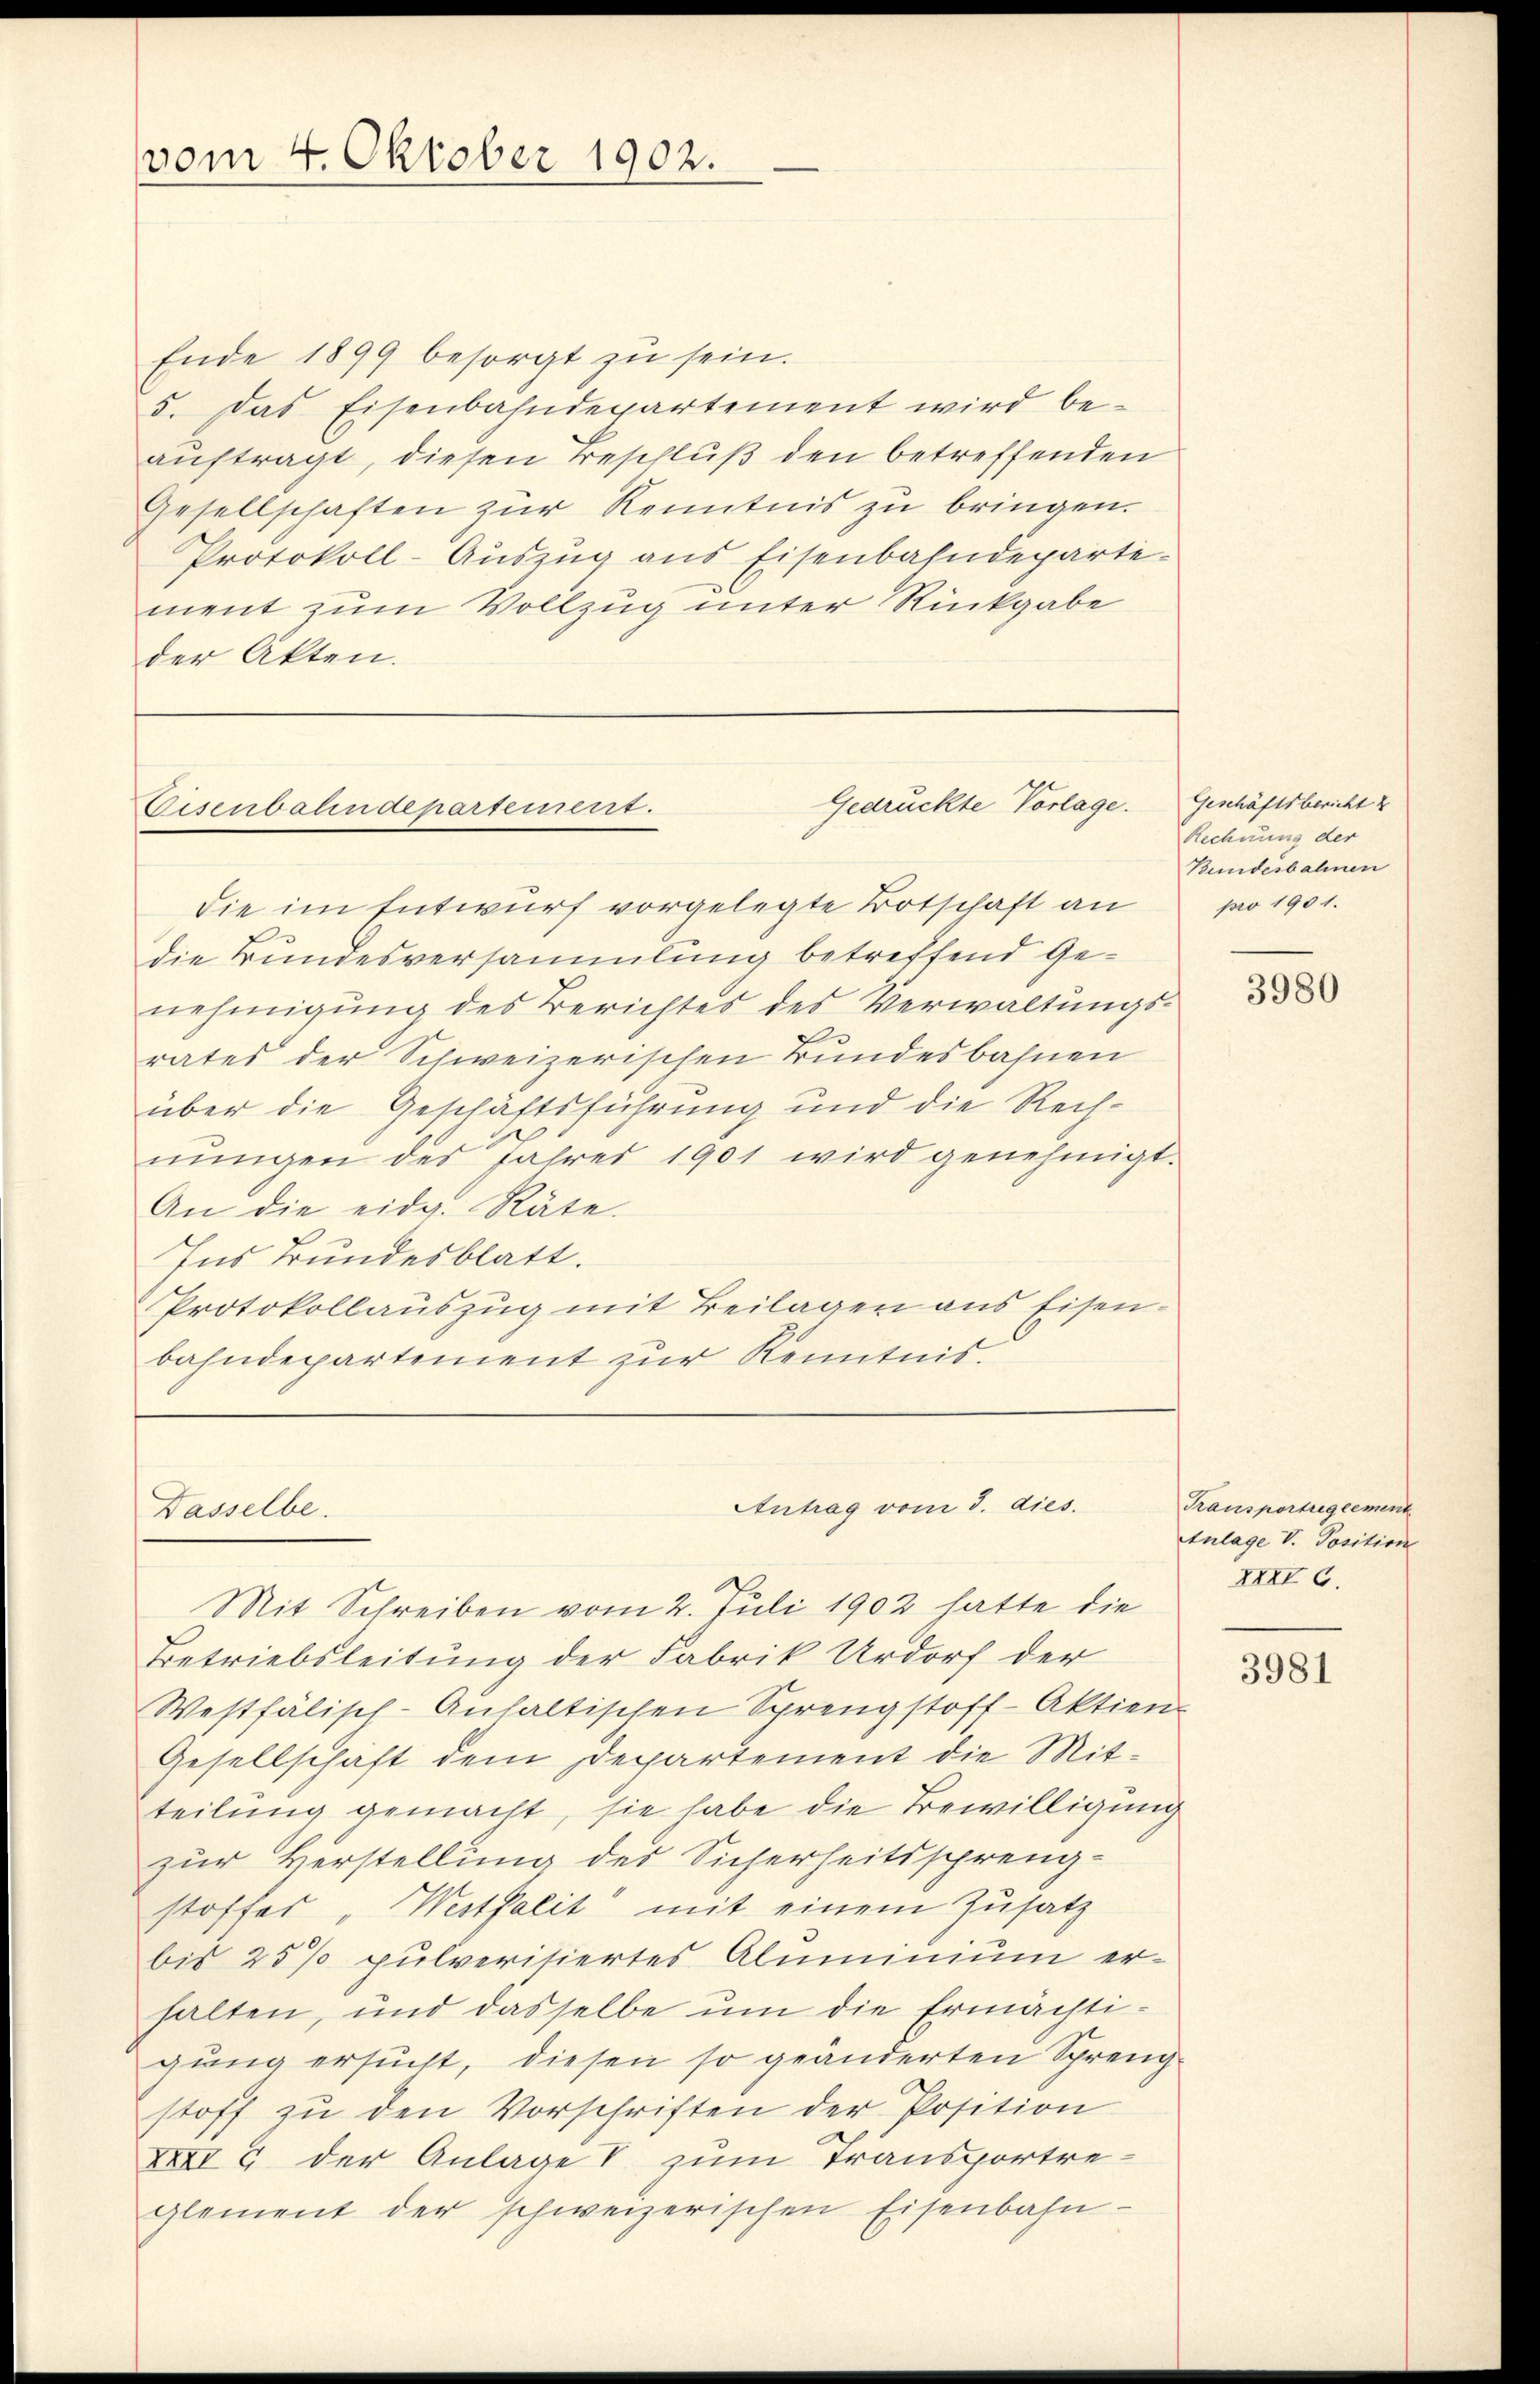
vom 4. Oktober 1902.

Ende 1899 besorgt zu sein.
5. Das Eisenbahndepartement wird be-
auftragt, diesen Beschluß den betreffenden
Gesellschaften zur Kenntnis zu bringen.
Protokoll-Auszug aus Eisenbahndepartement zum Vollzug unter Rückgabe
der Akten.

Gedrückte Vorlage.
Eisenbahndepartement.

Dasselbe.

Antrag vom 3. dies

die im Entwurf vorgelegte Botschaft an
die Bundesversammlung betreffend Genehmigung des Berichtes des Verwaltungsrates der Schweizerischen Bundesbahnen
über die Geschäftsführung und die Rechnŭngen des Jahres 1901 wird genehmigt.
An die eidg. Räte.
Ins Bundesblatt.
Protokollauszug mit Beilagen aus Eisenbahndepartement zur Kenntnis.

Geschäftsbericht
Rechnung der
Bundesbahnen
pro 1901.

Mit Schreiben vom 2. Juli 1902 hatte die
Betriebsleitung der Fabrik Urdorf der
Westfälisch-Anhaltischen Sprengstoff-Aktien-
Gesellschaft dem Departement die Mitteilung gemacht, sie habe die Bewilligung
zur Verstellung des Sicherheitssprengstoffes „Westfalit mit einem Zusatz
bis 25% pulverisiertes Aluminium erhalten, und dasselbe um die Ermächtigung ersucht, diesen so geänderten Spreng-
stoff zŭ den Vorschriften der Position
XXII 9 der Anlage zum Transportre-
glement der schweizerischen Eisenbahn-

3980

Transportreglement
Anlage V. Position
XXXI G.

3981